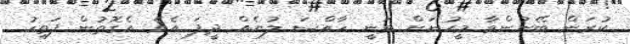
ކުރަން ބޭނުންވާ މީހުނަށް ވަނީ ހާއްސަ ލުޔެއް ދީފަ އެވެ. އެގޮތުން ފަތިހު